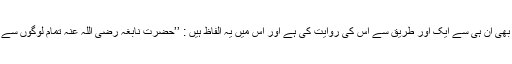
اور امام بیہقی نے یہ حدیث ایک اور طریق سے حضرت نابغہ سے روایت کی ہے اور ابن ابی اسامہ نے بھی ان ہی سے ایک اور طریق سے اس کی روایت کی ہے اور اس میں یہ الفاظ ہیں : ’’حضرت نابغہ رضی اللہ عنہ تمام لوگوں سے بڑھ کر خوبصورت دانتوں والے تھے اور جب ان کا کوئی دانت گرتا تو اس کی جگہ دوسرا دانت نکل آتا۔